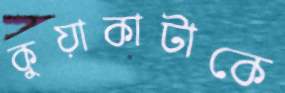
কুয়াকাটাকে